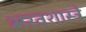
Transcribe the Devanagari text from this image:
भरतशास्त्रे